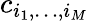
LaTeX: c_{i_{1},\dots,i_{M}}